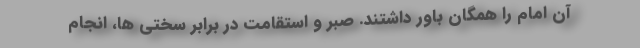
آن امام را همگان باور داشتند. صبر و استقامت در برابر سختی ها، انجام